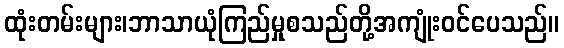
ထုံးတမ်းများ၊ဘာသာယုံကြည်မှုစသည်တို့အကျုံးဝင်ပေသည်။